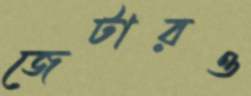
জেটারও